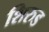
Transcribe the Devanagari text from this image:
शिरुड